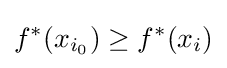
f^{*}(x_{i_{0}})\geq f^{*}(x_{i})